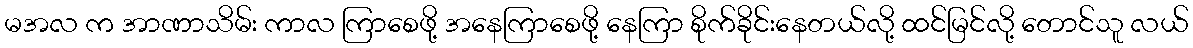
မအလ က အာဏာသိမ်း ကာလ ကြာစေဖို့ အနေကြာစေဖို့ နေကြာ စိုက်ခိုင်းနေတယ်လို့ ထင်မြင်လို့ တောင်သူ လယ်